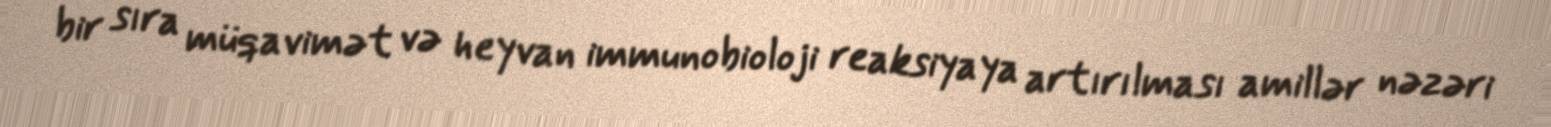
bir sıra müqavimət və heyvan immunobioloji reaksiyaya artırılması amillər nəzəri